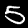
Digit: 5